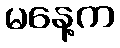
မနေ့က